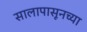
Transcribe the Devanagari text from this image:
सालापासूनच्या